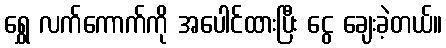
ရွှေ လက်ကောက်ကို အပေါင်ထားပြီး ငွေ ချေးခဲ့တယ်။